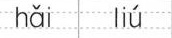
hǎi liú